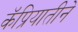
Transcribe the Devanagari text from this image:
कॅप्रियातीने